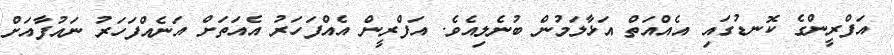
އަފްރީންގެ ކޮނޑުގައި އެއްއަތް އަޅާލަމުން ބުނެލިއެވެ. އަފްރީން އެއްފަހަރު އެއަތަށް އަނެއްފަހަރު ނައުފާއަށް